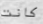
كانت